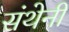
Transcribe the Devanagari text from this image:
संथेनी